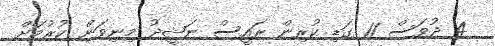
4 ދުވަސް 11 ގަޑި ކުރިން ރައީސް ނަޝީދު މިނިވަން ކުރުމަށް